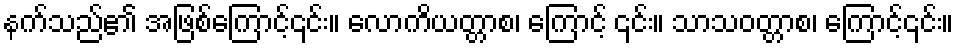
နက်သည်၏ အဖြစ်ကြောင့်၎င်း။ လောကိယတ္တာစ၊ ကြောင့် ၎င်း။ သာသဝတ္တာစ၊ ကြောင့်၎င်း။